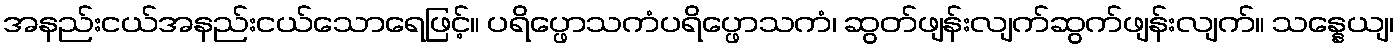
အနည်းငယ်အနည်းငယ်သောရေဖြင့်။ ပရိပ္ဖောသကံပရိပ္ဖောသကံ၊ ဆွတ်ဖျန်းလျက်ဆွက်ဖျန်းလျက်။ သန္နေယျ၊